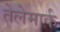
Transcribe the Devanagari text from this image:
तेलेमार्क